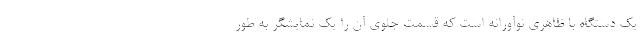
یک دستگاه با ظاهری نوآورانه است که قسمت جلوی آن را یک نمایشگر به طور